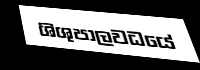
ශිශුපාලවධයේ